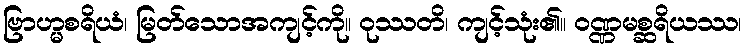
ဗြာဟ္မစရိယံ၊ မြတ်သောအကျင့်ကို။ ဝုဿတိ၊ ကျင့်သုံး၏။ ဝဏ္ဏမစ္ဆရိယဿ၊